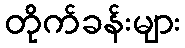
တိုက်ခန်းများ